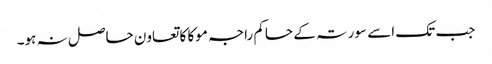
جب تک اسے سورتہ کے حاکم راجہ موکا کا تعاون حاصل نہ ہو۔